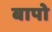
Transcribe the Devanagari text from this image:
बापो